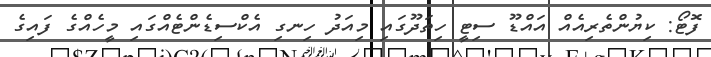
ފޮޓޯ: ކިޔުންތެރިއެއް އައްޑޫ ސިޓީ ހިތަދޫގައި މިއަދު ހިނގި އެކްސިޑެންޓެއްގައި މީހެއްގެ ފައިގެ